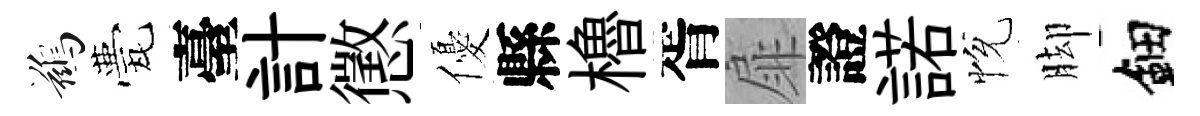
鷀甍臺計懲優縣櫓胥扉證諾恱脚鈿